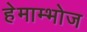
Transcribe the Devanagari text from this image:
हेमाम्भोज